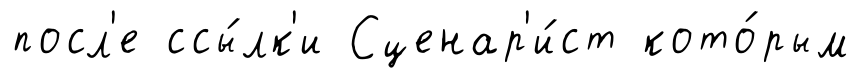
посл'е ссы́лк'и Сценар'и́ст кото́рым